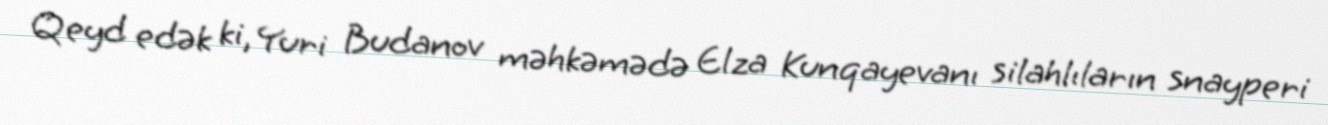
Qeyd edək ki, Yuri Budanov məhkəmədə Elza Kunqayevanı silahlıların snayperi